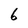
Character: 6